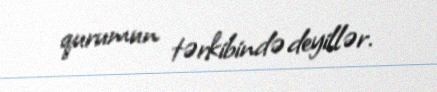
qurumun tərkibində deyillər.